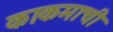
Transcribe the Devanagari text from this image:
काकमाची